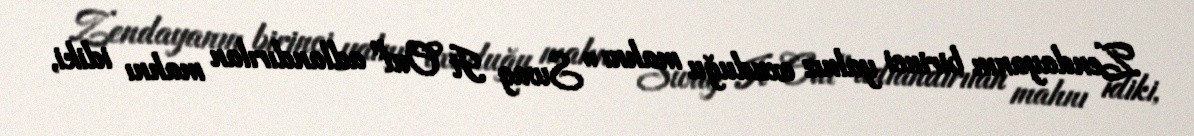
Zendayanın birinci yalnız oxuduğu mahnı "Swag It Out" adlandırılan mahnı idiki,